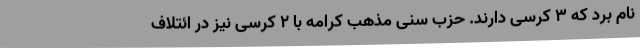
نام برد که 3 کرسی دارند. حزب سنی مذهب کرامه با 2 کرسی نیز در ائتلاف